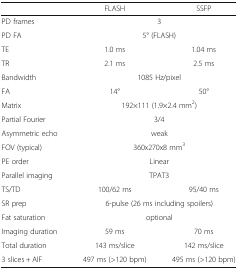
<table><thead><tr><td></td><td><b>FLASH</b></td><td><b>SSFP</b></td></tr></thead><tbody><tr><td>PD frames</td><td colspan="2">3</td></tr><tr><td>PD FA</td><td colspan="2">5° (FLASH)</td></tr><tr><td>TE</td><td>1.0 ms</td><td>1.04 ms</td></tr><tr><td>TR</td><td>2.1 ms</td><td>2.5 ms</td></tr><tr><td>Bandwidth</td><td colspan="2">1085 Hz/pixel</td></tr><tr><td>FA</td><td>14°</td><td>50°</td></tr><tr><td>Matrix</td><td colspan="2">192×111 (1.9×2.4 mm<sup>2</sup>)</td></tr><tr><td>Partial Fourier</td><td colspan="2">3/4</td></tr><tr><td>Asymmetric echo</td><td colspan="2">weak</td></tr><tr><td>FOV (typical)</td><td colspan="2">360x270x8 mm<sup>3</sup></td></tr><tr><td>PE order</td><td colspan="2">Linear</td></tr><tr><td>Parallel imaging</td><td colspan="2">TPAT3</td></tr><tr><td>TS/TD</td><td>100/62 ms</td><td>95/40 ms</td></tr><tr><td>SR prep</td><td colspan="2">6-pulse (26 ms including spoilers)</td></tr><tr><td>Fat saturation</td><td colspan="2">optional</td></tr><tr><td>Imaging duration</td><td>59 ms</td><td>70 ms</td></tr><tr><td>Total duration</td><td>143 ms/slice</td><td>142 ms/slice</td></tr><tr><td>3 slices + AIF</td><td>497 ms (&gt;120 bpm)</td><td>495 ms (&gt;120 bpm)</td></tr></tbody></table>